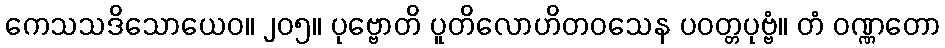
ကေသသဒိသောယေဝ။ ၂၀၅။ ပုဗ္ဗောတိ ပူတိလောဟိတဝသေန ပဝတ္တပုဗ္ဗံ။ တံ ဝဏ္ဏတော